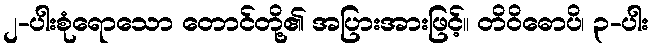
၂-ပါးစုံရောသော တောင်တို့၏ အပြားအားဖြင့်။ တိဝိဓောပိ၊ ၃-ပါး